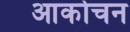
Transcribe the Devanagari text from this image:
आकोचन